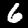
Digit: 6